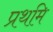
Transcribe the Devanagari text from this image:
प्रथमि